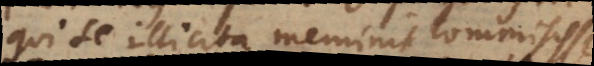
qui se illicita meminit commisisse,